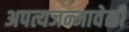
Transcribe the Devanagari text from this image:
अपत्यजन्मावेळी